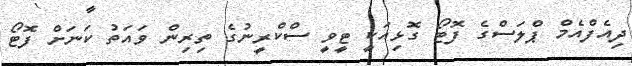
ދިއެފްއެމް ޕްލަސްގެ ފޮޓޯ ގޮޅިއަކީ ޓީވީ ސްކްރީނުގެ ތިރިން ވައަތު ކަނަށް ފޮޓޯ